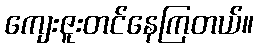
ကျေးဇူးတင်နေကြတယ်။